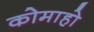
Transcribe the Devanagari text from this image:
कोमाहो